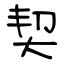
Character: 契